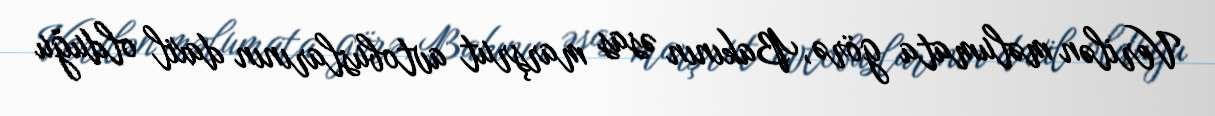
Verilən məlumata görə, Bakının əsas marşrut avtobuslarının daxil olduğu